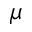
\mu